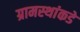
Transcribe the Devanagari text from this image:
ग्रामस्‍थांकडे